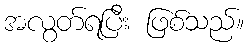
အလွတ်ရပြီး ဖြစ်သည်။